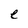
Character: e